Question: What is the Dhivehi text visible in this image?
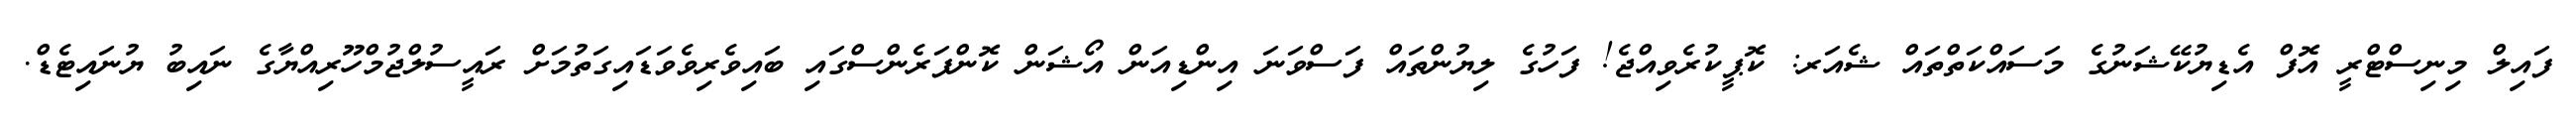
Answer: ފައިލް މިނިސްޓްރީ އޮފް އެޑިޔުކޭޝަނުގެ މަސައްކަތްތައް ޝެއަރ: ކޮޕީކުރެވިއްޖެ! ފަހުގެ ލިޔުންތައް ފަސްވަނަ އިންޑިއަން އޯޝަން ކޮންފަރެންސްގައި ބައިވެރިވެވަޑައިގަތުމަށް ރައީސުލްޖުމްހޫރިއްޔާގެ ނައިބު ޔުނައިޓެޑް.